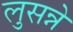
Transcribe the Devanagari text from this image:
लुसन्ने